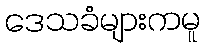
ဒေသခံများကမူ